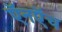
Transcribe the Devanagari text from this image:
ऍनऍच